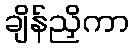
ချိန်ညှိကာ